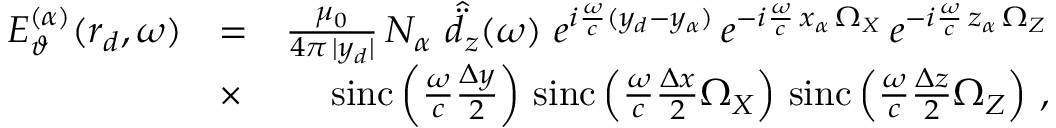
\begin{array} { r l r } { E _ { \vartheta } ^ { ( \alpha ) } ( \boldsymbol { r } _ { d } , \omega ) } & { = } & { \frac { \mu _ { 0 } } { 4 \pi \, | y _ { d } | } \, N _ { \alpha } \, \, \hat { \ddot { d } } _ { z } ( \omega ) \, \, e ^ { i \frac { \omega } { c } ( y _ { d } - y _ { \alpha } ) } \, e ^ { - i \frac { \omega } { c } \, x _ { \alpha } \, \Omega _ { X } } \, e ^ { - i \frac { \omega } { c } \, z _ { \alpha } \, \Omega _ { Z } } } \\ & { \times } & { \mathrm { s i n c } \left( \frac { \omega } { c } \frac { \Delta y } { 2 } \right) \, \mathrm { s i n c } \left( \frac { \omega } { c } \frac { \Delta x } { 2 } \Omega _ { X } \right) \, \mathrm { s i n c } \left( \frac { \omega } { c } \frac { \Delta z } { 2 } \Omega _ { Z } \right) \, , } \end{array}